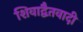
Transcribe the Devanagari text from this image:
शिवाद्वैतवादी